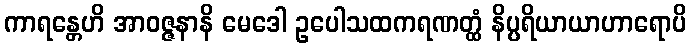
ကာရန္တေဟိ အာဝဇ္ဇနာနိ မေဒေါ ဥပေါသထကရဏတ္ထံ နိပ္ပရိယာယာဟာရောပိ